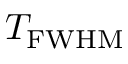
T _ { \mathrm { F W H M } }